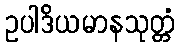
ဥပါဒိယမာနသုတ္တံ